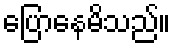
ပြောနေမိသည်။